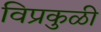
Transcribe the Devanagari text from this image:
विप्रकुळी